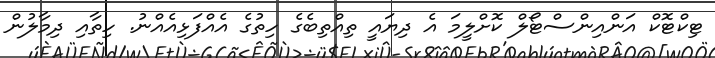
ޓިކްޓޮކް އަންއިންސްޓޯލް ކޮށްލީމަ އެ ދިޔައީ ތިއްތިބެގެ ހިތުގެ އެއްފަޅިއެއްނު. ހިތާއި ދިމާލުން